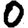
Digit: 0